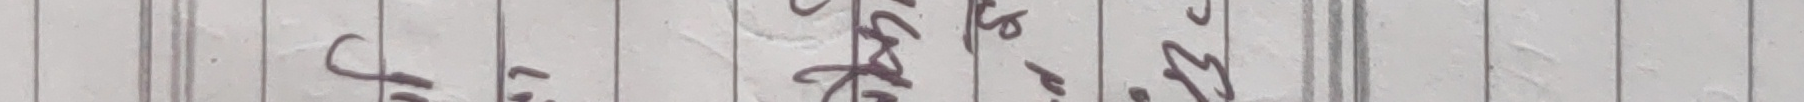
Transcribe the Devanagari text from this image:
जुलुकातनाछोरल